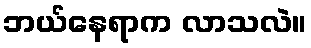
ဘယ်နေရာက လာသလဲ။